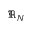
\mathfrak { R } _ { N }